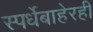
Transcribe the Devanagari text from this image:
स्पर्धेबाहेरही